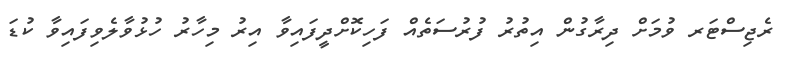
ރެޖިސްޓަރ ވުމަށް ދިރާގުން އިތުރު ފުރުސަތެއް ފަހިކޮށްދީފައިވާ އިރު މިހާރު ހުޅުވާލެވިފައިވާ ކުޑަ